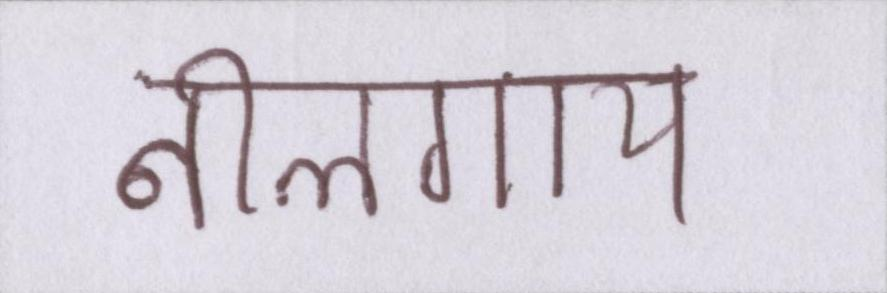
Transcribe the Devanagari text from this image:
नीलगाय